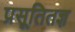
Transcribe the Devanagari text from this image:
प्रसूतितज्ञ